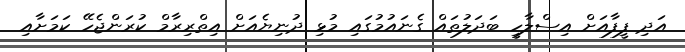
އަދި ފީފާއަށް އިސްލާހީ ބަދަލުތައް ގެނައުމުގައި މުޅި ދުނިޔެއަށް އިތްރިރާމް ކުރަންޖެހޭ ކަމަށާއި